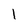
Character: 1